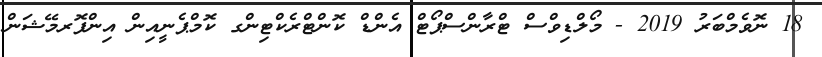
18 ނޮވެމްބަރު 2019 - މޯލްޑިވްސް ޓްރާންސްޕޯޓް އެންޑް ކޮންޓްރެކްޓިންގ ކޮމްޕެނީއިން އިންފޮރމޭޝަން